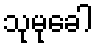
သုမုခေါ